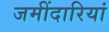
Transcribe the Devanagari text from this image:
जमींदारियां